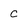
Character: c